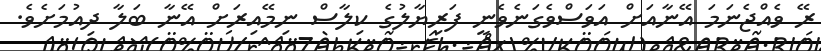
ރޭ ވެއްޖެނަމަ އޭނާއަށް އަވަސްވެގަނެވެނީ ފަރިޔާލުގެ ކިލާސް ނިމޭއިރަށް އޭނާ ބަލާ ދިއުމަށެވެ.